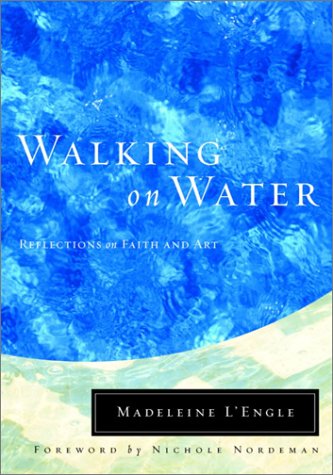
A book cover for Walking on Water: Reflections on Faith and Art (Wheaton Literary Series); Madeleine L'Engle; Christian Books & Bibles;